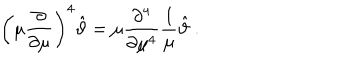
\left( \mu \frac { \partial } { \partial \mu } \right) ^ { 4 } \hat { \vartheta } = \mu \frac { \partial ^ { 4 } } { \partial \mu ^ { 4 } } \frac { 1 } { \mu } \hat { \vartheta } \ .